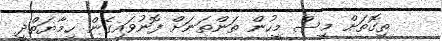
ތިގޮތަށް މީސް މީހުން ތަންތަނަށް ފޮނުވައިގެން ހިމާޔަތްދީ